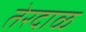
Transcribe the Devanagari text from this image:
तेरदाळ